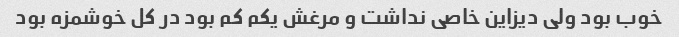
خوب بود ولی دیزاین خاصی نداشت و مرغش یکم کم بود در کل خوشمزه بود